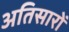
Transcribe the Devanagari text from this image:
अतिसारों